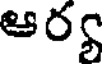
ఆర్య